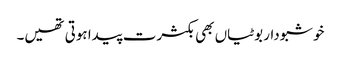
خوشبودار بوٹیاں بھی بکثرت پیدا ہوتی تھیں۔